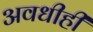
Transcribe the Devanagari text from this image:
अवधीही